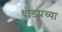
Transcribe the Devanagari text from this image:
धोडपच्या